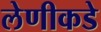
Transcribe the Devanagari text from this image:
लेणीकडे